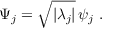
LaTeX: \Psi _ { j } = \sqrt { | \lambda _ { j } | } \, \psi _ { j } ~ .